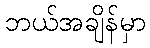
ဘယ်အချိန်မှာ